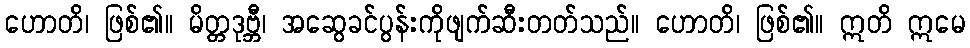
ဟောတိ၊ ဖြစ်၏။ မိတ္တဒုဗ္ဘီ၊ အဆွေခင်ပွန်းကိုဖျက်ဆီးတတ်သည်။ ဟောတိ၊ ဖြစ်၏။ ဣတိ ဣမေ